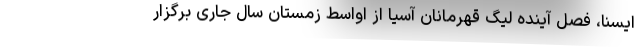
ایسنا، فصل آینده لیگ قهرمانان آسیا از اواسط زمستان سال جاری برگزار